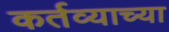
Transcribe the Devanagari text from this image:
कर्तव्याच्या